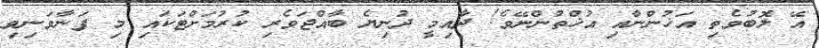
އޭ ލޮބުވެތި އަޚުންނާއި އުޚްތުންނޭވެ! ދާއިމީ ދުނިޔެ ބާއްޖަވެރި ކުރުމަށްޓަކައި މި ފަނާވަނިވި